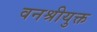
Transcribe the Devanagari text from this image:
वनश्रीयुक्त